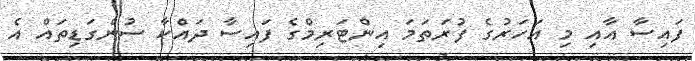
ފައިސާ އާއި މި އަހަރުގެ ފުރަތަމަ އިންޓަރިމްގެ ފައިސާ ދައްކާ ސުންގަޑިތައް އެ